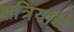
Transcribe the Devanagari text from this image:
क्षत्रियाद्य